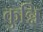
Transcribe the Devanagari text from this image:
कुन्नि